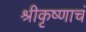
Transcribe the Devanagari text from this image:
श्रीकृष्णाचं